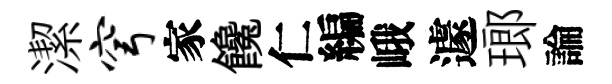
潔穹家饞仁編峨遽瑯論